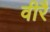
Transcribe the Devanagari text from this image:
वीरै